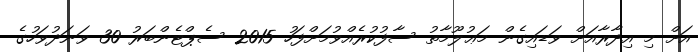
އަށް މި އިދާރާއަށް ވަޑައިގެން މަޢުލޫމާތު ސާފުކުރެއްވުމަށްފަހު 2015 ސެޕްޓެންބަރު 30 ވަނަދުވަހުގެ